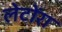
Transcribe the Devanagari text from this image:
लेटोंरा